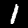
Label: 1